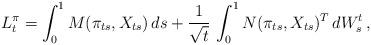
LaTeX: \begin{align*} L^\pi_t= \int_0^1 M(\pi_{ts},X_{ts})\,ds+\frac{1}{\sqrt{t}}\,\int_0^1 N(\pi_{ts},X_{ts})^T\,dW_{s}^t\,,\end{align*}